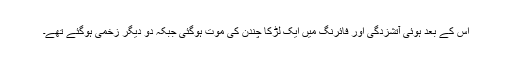
اس کے بعد ہوئی آتشزدگی اور فائرنگ میں ایک لڑکا چندن کی موت ہوگئی جبکہ دو دیگر زخمی ہوگئے تھے۔